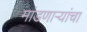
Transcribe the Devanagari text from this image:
मांडणार्‍यांचा